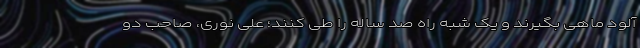
آلود ماهی بگیرند و یک شبه راه صد ساله را طی کنند؛ علی نوری، صاحب دو